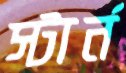
স্টার্ন